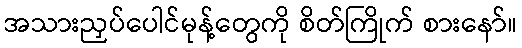
အသားညှပ်ပေါင်မုန့်တွေကို စိတ်ကြိုက် စားနော်။